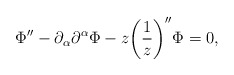
\begin{align*}\Phi'' - \partial_{\alpha} \partial^{\alpha} \Phi - z \biggl( \frac{1}{z}\biggr)'' \Phi =0,\end{align*}